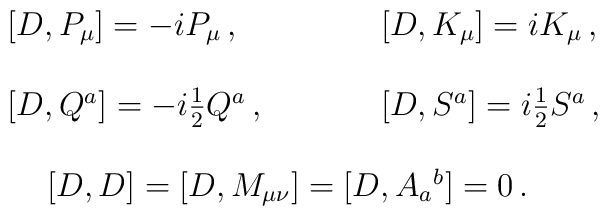
\begin{array}{ll}{}~~~[D,P_{\mu}]=-iP_{\mu}\,,~~~~&~~~~[D,K_{\mu}]=iK_{\mu}\,,\\{}&{}\\{}~~~[D,Q^{a}]=-i\textstyle{\frac{1}{2}}Q^{a}\,,~~~~&~~~~{[D,S^{a}]=i\textstyle{\frac{1}{2}}S^{a}}\,,\\{}&{}\\\multicolumn{2}{c}{[D,D]=[D,M_{\mu\nu}]=[D,A_{a}{}^{b}]=0\,.}\end{array}